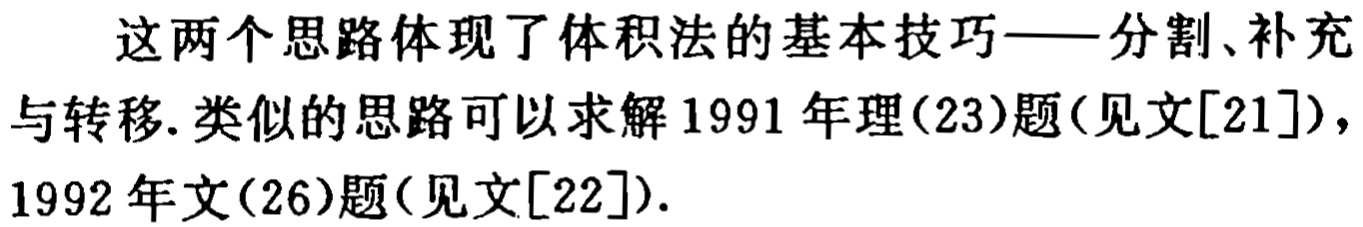
这两个思路体现了体积法的基本技巧——分割、补充与转移. 类似的思路可以求解 1991 年理(23)题(见文[21]), 1992 年文(26)题(见文[22]).